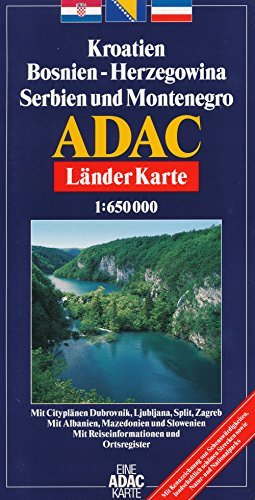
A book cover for Croatia, Bosnia-Herzegovina, Serbia, Montenegro 1:650,000 Map by ADAC; CartoTravel Verlag; Travel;